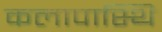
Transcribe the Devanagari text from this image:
कलापास्थि